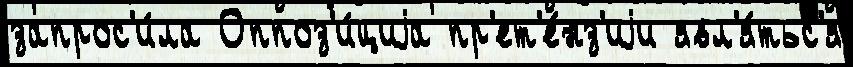
запрос'и́ла Оппоз'и́циjа пр'ет'е́нз'иjи явл'я́тьс'я